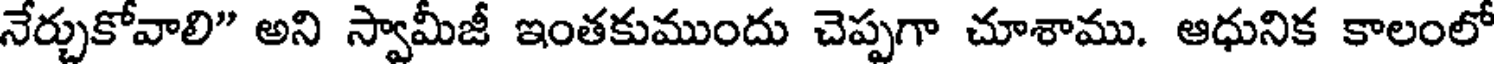
నేర్చుకోవాలి" అని స్వామీజీ ఇంతకుముందు చెప్పగా చూశాము. ఆధునిక కాలంలో